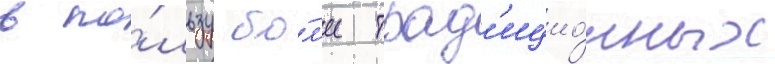
в по́льзу бо́л'ее трад'ицио́нных